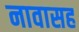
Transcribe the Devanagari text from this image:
नावासह